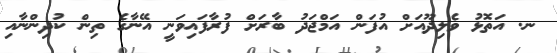
ނ. އަތޮޅު ވެލިދޫއަށް އުފަން އަމްޖަދު ބާރަށް ފުރާފައިވަނީ އޭނާގެ ތިން ކުދިންނާއި